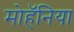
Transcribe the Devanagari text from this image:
मोहॅनिया